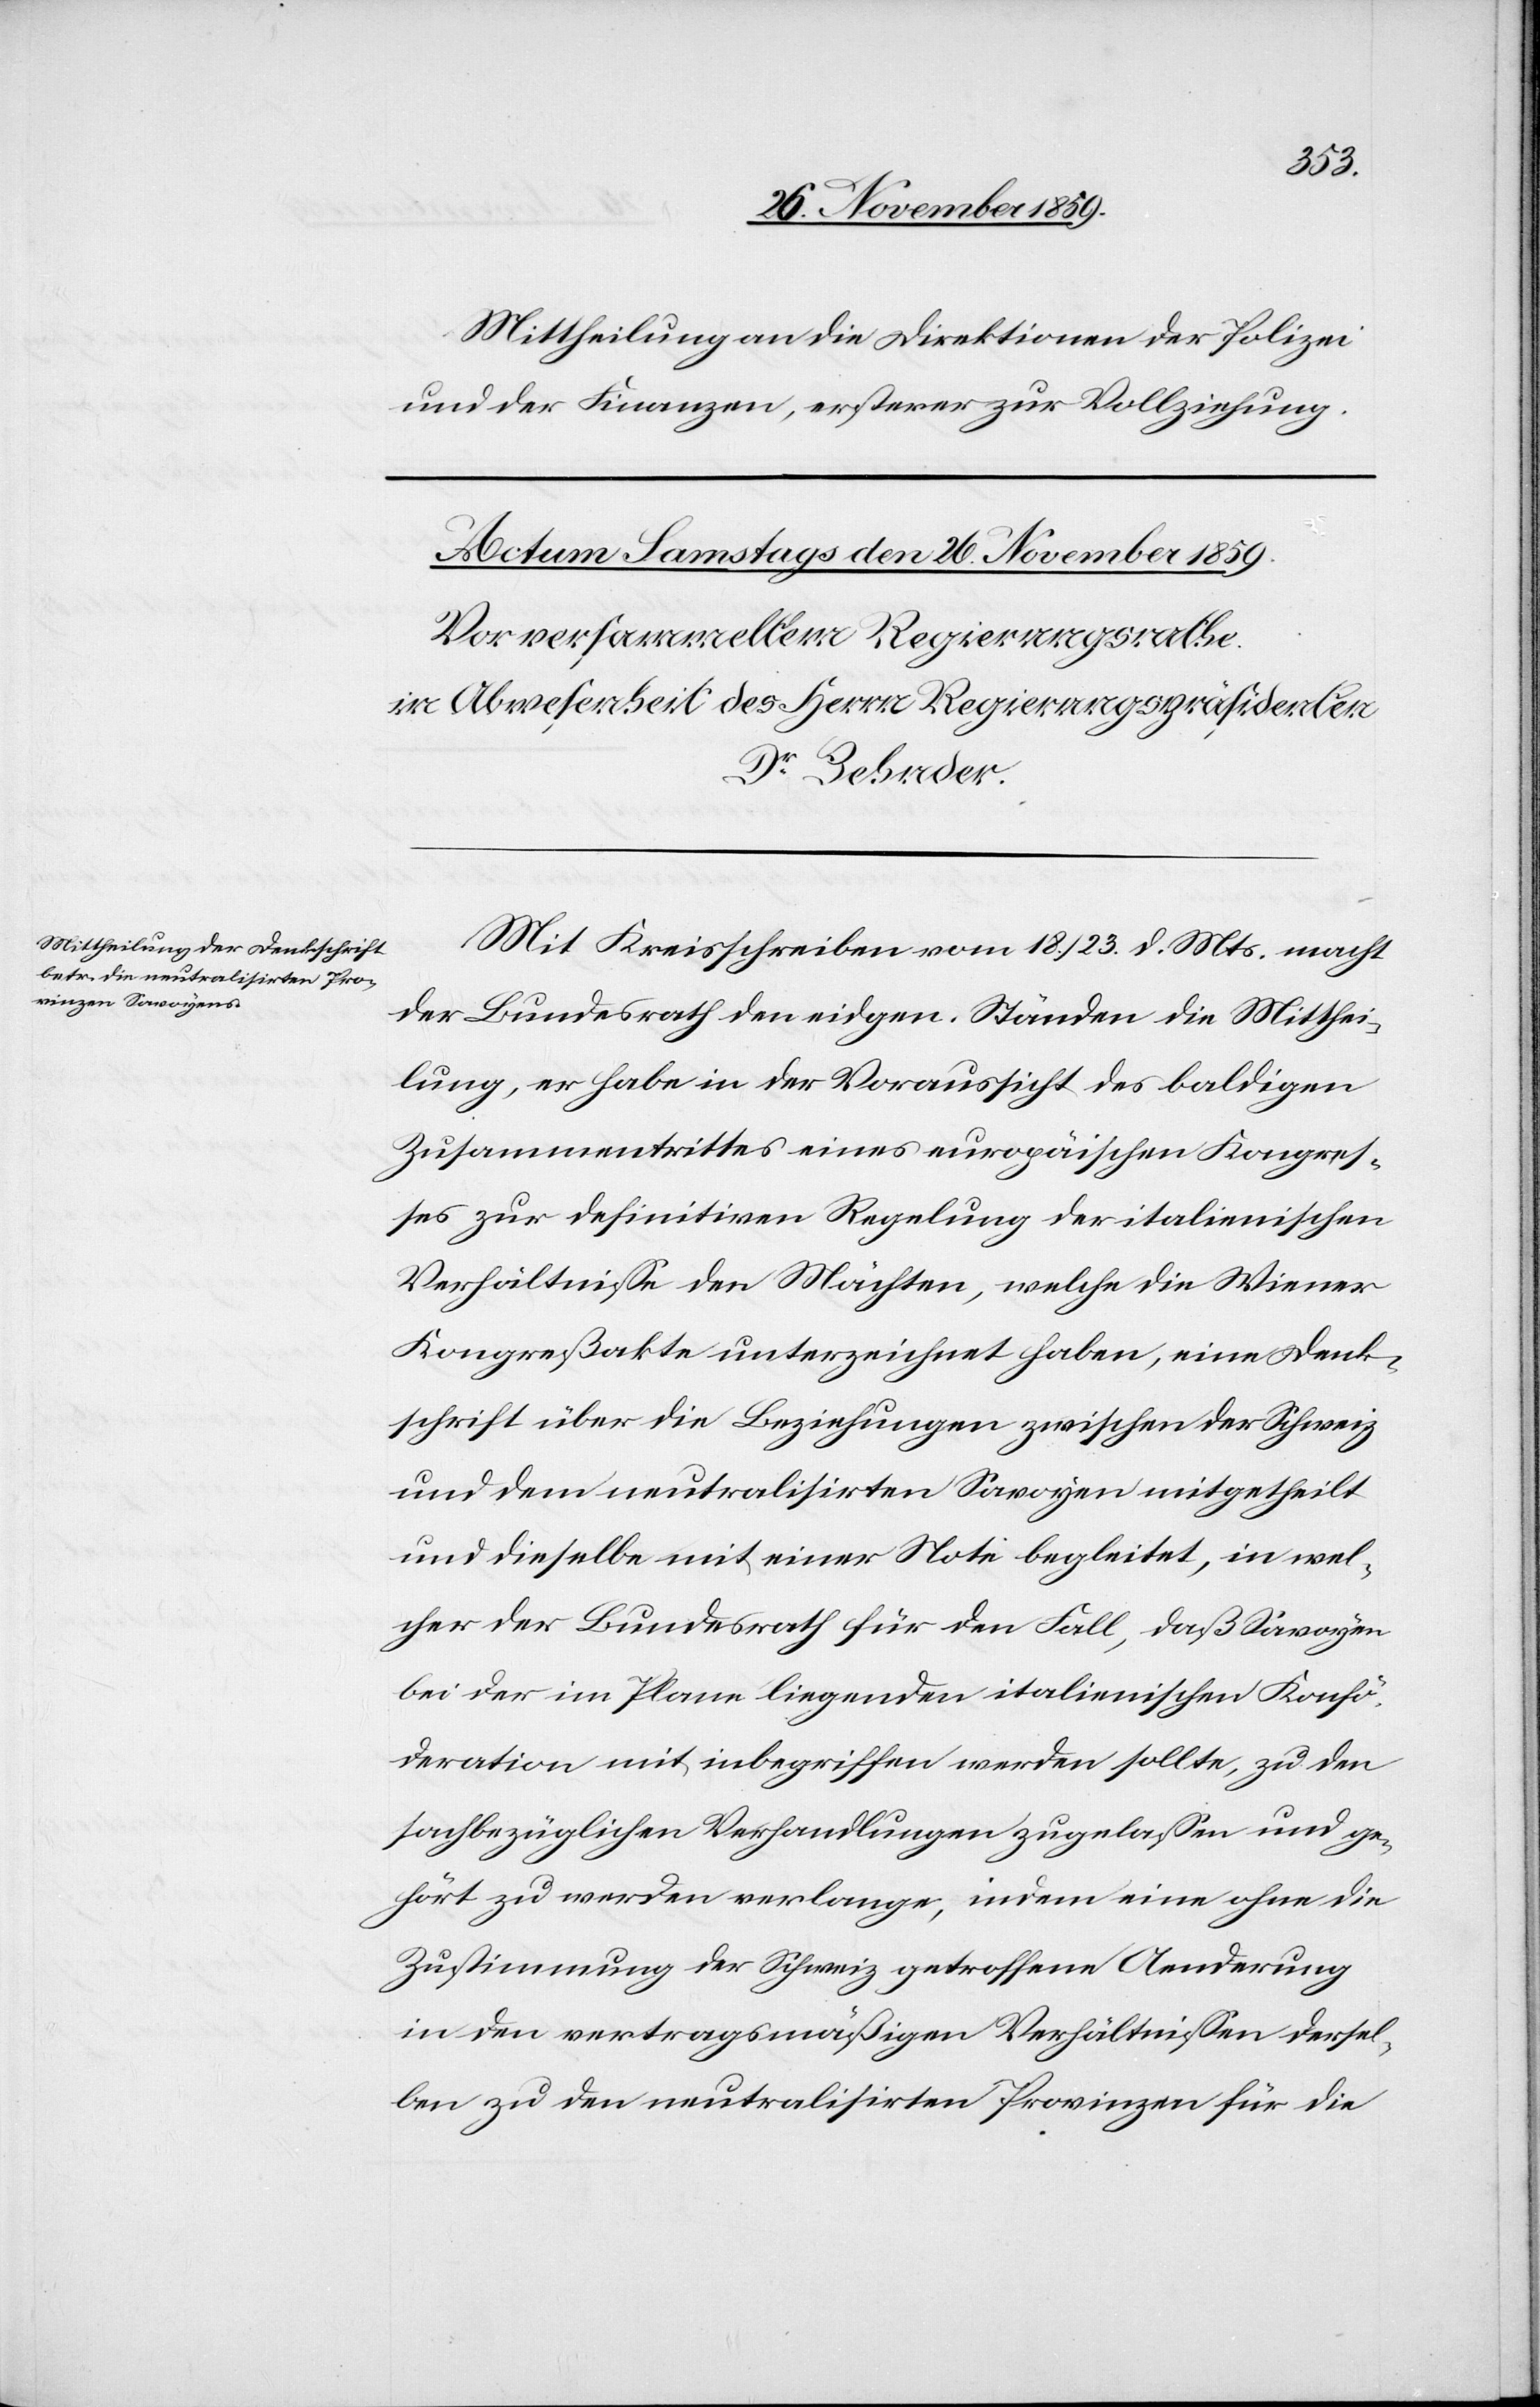
Mittheilung an die Direktionen der Polizei
und der Finanzen, ersterer zur Vollziehung.
Mit Kreisschreiben vom 18./23. d. Mts. macht
der Bundesrath den eidgen. Ständen die Mitthei¬
lung, er habe in der Voraussicht des baldigen
Zusammentrittes eines europäischen Kongres¬
ses zur definitiven Reglung der italienischen
Verhältnisse den Mächten, welche die Wiener
Kongreßakte unterzeichnet haben, eine Denk¬
schrift über die Beziehungen zwischen der Schweiz
und dem neutralisirten Savoyen mitgetheilt
und dieselbe mit einer Note begleitet, in wel¬
cher der Bundesrath für den Fall, daß Savoyen
bei der im Plane liegenden italienischen Konfö¬
deration mit inbegriffen werden sollte, zu den
sachbezüglichen Verhandlungen zugelassen und ge¬
hört zu werden verlange, indem eine ohne die
Zustimmung der Schweiz getroffene Aenderung
in der vertragsmäßigen Verhältnissen dersel¬
ben zu den neutralisirten Provinzen für die